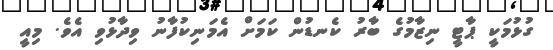
ގުޅުމަކީ ޕާޓީ ނިޒާމުގެ ބާރު ކެނޑުން ކަމަށް އެމަނިކުފާނު ވިދާޅުވި އެވެ. މިއީ